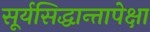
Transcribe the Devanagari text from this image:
सूर्यसिद्धान्तापेक्षा